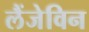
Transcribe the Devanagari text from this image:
लैंजेविन